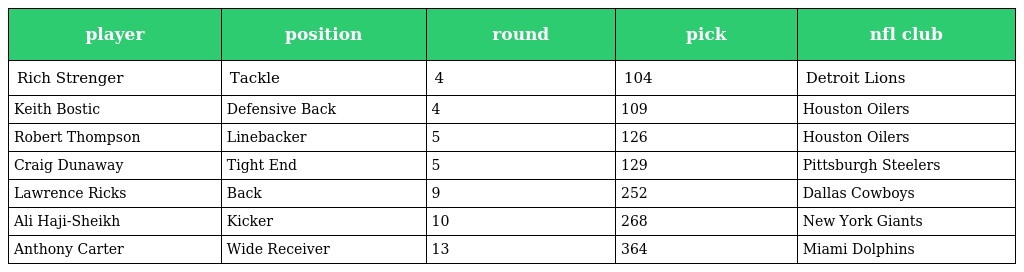
| player | position | round | pick | nfl club |
 | --- | --- | --- | --- | --- |
 | Rich Strenger | Tackle | 4 | 104 | Detroit Lions |
 | Keith Bostic | Defensive Back | 4 | 109 | Houston Oilers |
 | Robert Thompson | Linebacker | 5 | 126 | Houston Oilers |
 | Craig Dunaway | Tight End | 5 | 129 | Pittsburgh Steelers |
 | Lawrence Ricks | Back | 9 | 252 | Dallas Cowboys |
 | Ali Haji-Sheikh | Kicker | 10 | 268 | New York Giants |
 | Anthony Carter | Wide Receiver | 13 | 364 | Miami Dolphins |